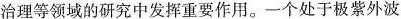
治理等领域的研究中发挥重要作用。一个处于极紫外波